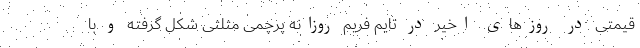
قیمتی در روزهای اخیر در تایم فریم روزانه پرچمی مثلثی شکل گرفته و با